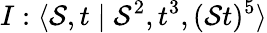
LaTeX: I:\langle\mathcal{S},t\mid\mathcal{S}^{2},t^{3},(\mathcal{S}t)^{5}\rangle